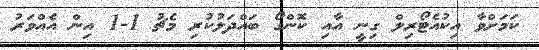
ކަމަށްވާ އިކުއެޓޯރިލް ގިނީ އާއި ކޮންގޯ ބައްދަލުކުރި މެޗު 1-1 އިން އެއްވަރު